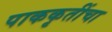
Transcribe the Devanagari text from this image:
पाककृतींचा